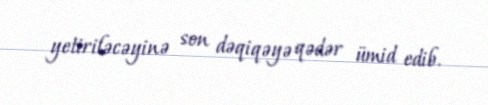
yetiriləcəyinə son dəqiqəyə qədər ümid edib.